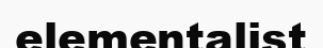
elementalist